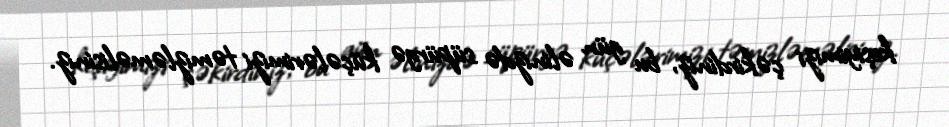
keşiyimizi çəkirdiniz, bu gün əlinizdə süpürgə küçələrimizi təmizləməlisiniz.